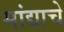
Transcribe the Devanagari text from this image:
मांद्याचे